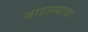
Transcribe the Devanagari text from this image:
वाटाण्याचा